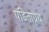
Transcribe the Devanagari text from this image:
पंडिताग्रंथ